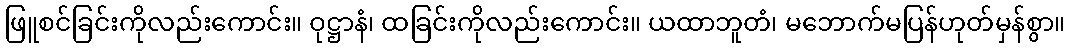
ဖြူစင်ခြင်းကိုလည်းကောင်း။ ဝုဋ္ဌာနံ၊ ထခြင်းကိုလည်းကောင်း။ ယထာဘူတံ၊ မဘောက်မပြန်ဟုတ်မှန်စွာ။